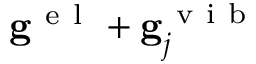
\mathbf { g } ^ { \mathrm { ~ e ~ l ~ } } + \mathbf { g } _ { j } ^ { \mathrm { ~ v ~ i ~ b ~ } }